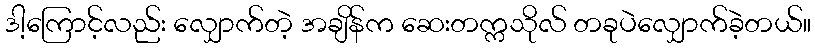
ဒါ့ကြောင့်လည်း လျှောက်တဲ့ အချိန်က ဆေးတက္ကသိုလ် တခုပဲလျှောက်ခဲ့တယ်။